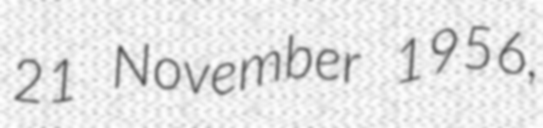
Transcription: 21 November 1956,